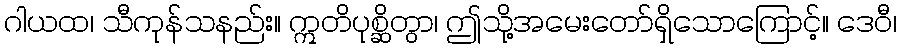
ဂါယထ၊ သီကုန်သနည်း။ ဣတိပုစ္ဆိတွာ၊ ဤသို့အမေးတော်ရှိသောကြောင့်။ ဒေဝီ၊